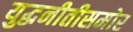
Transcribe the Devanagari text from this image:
युद्धनीतीसमोर